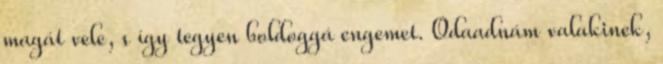
magát vele, s így tegyen boldoggá engemet. Odaadnám valakinek,